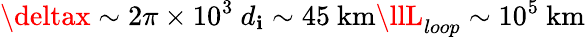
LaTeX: \deltax\sim2\pi\times10^{3}~d_{\mathbf{i}}\sim45~\mathrm{{km}}\llL_{loop}\sim10^{5}~\mathrm{{km}}